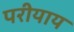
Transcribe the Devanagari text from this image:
परीयाय